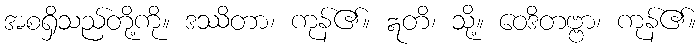
အစရှိသည်တို့ကို။ ဒဿိတာ၊ ကုန်၏။ ဣတိ၊ သို့။ ဝေဒိတဗ္ဗာ၊ ကုန်၏။